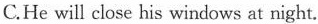
C.He will close his windows at night.